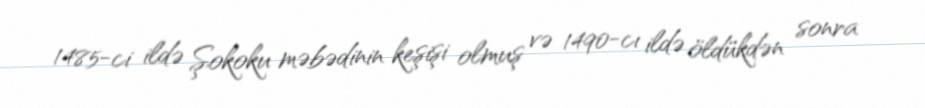
1485-ci ildə Şokoku məbədinin keşişi olmuş və 1490-cı ildə öldükdən sonra